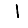
Digit: 1